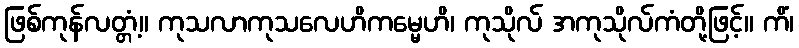
ဖြစ်ကုန်လတ္တံ့။ ကုသလာကုသလေဟိကမ္မေဟိ၊ ကုသိုလ် အကုသိုလ်ကံတို့ဖြင့်။ ကိံ၊